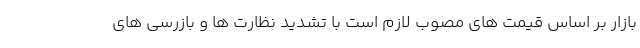
بازار بر اساس قیمت های مصوب لازم است با تشدید نظارت ها و بازرسی های